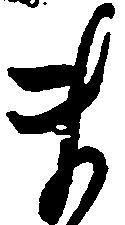
ま